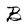
Character: B